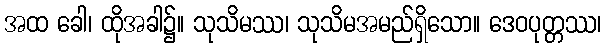
အထ ခေါ၊ ထိုအခါ၌။ သုသိမဿ၊ သုသိမအမည်ရှိသော။ ဒေဝပုတ္တဿ၊